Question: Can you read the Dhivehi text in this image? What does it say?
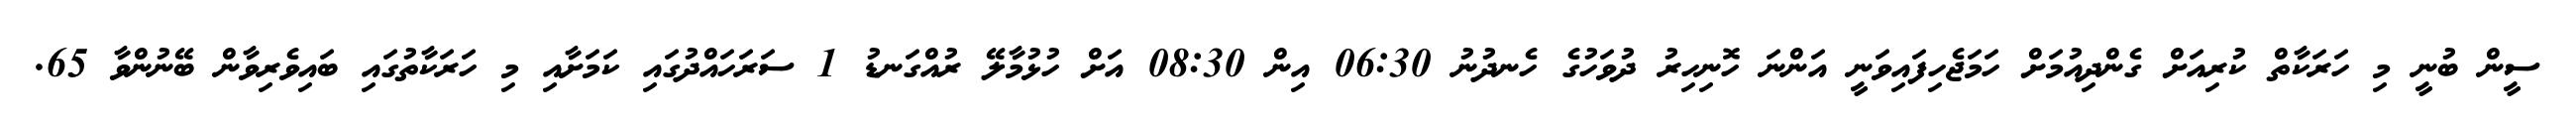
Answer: ސީން ބުނީ މި ހަރަކާތް ކުރިއަށް ގެންދިއުމަށް ހަމަޖެހިފައިވަނީ އަންނަ ހޮނިހިރު ދުވަހުގެ ހެނދުނު 06:30 އިން 08:30 އަށް ހުޅުމާލޭ ރުއްގަނޑު 1 ސަރަހައްދުގައި ކަމަށާއި މި ހަރަކާތުގައި ބައިވެރިވާން ބޭނުންވާ 65.